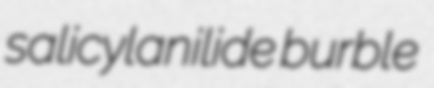
salicylanilide burble